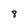
Character: 8